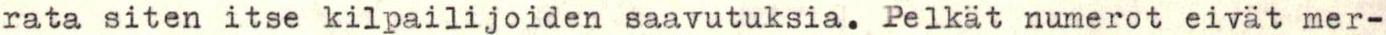
rata siten itse kilpailijoiden saavutuksia. Pelkät numerot eivät mer-